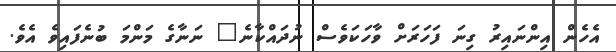
އެހެން އިންނައިރު ގިނަ ފަހަރަށް ވާހަކަވެސް ނުދައްކާނެ" ނަނާގެ މަންމަ ބުނެފައިވެ އެވެ.